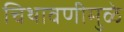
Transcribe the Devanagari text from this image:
चिथावणीमुळे